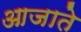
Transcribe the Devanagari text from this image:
आजाते